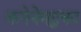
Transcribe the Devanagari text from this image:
कपेनेमद्धका